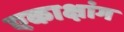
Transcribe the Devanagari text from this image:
एकाक्षांग